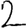
Digit: 2